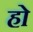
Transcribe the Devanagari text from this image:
हो